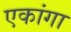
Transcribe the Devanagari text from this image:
एकांगा